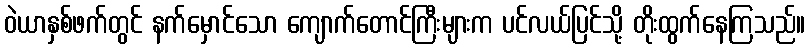
ဝဲယာနှစ်ဖက်တွင် နက်မှောင်သော ကျောက်တောင်ကြီးများက ပင်လယ်ပြင်သို့ တိုးထွက်နေကြသည်။